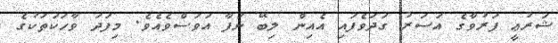
ޝަރުޢީ ފަރުވާގެ އަސަރު ގަދަވެފައި އެއިން ލިބޭ ނަފާ އަވަސްވެއެވެ. މިފަދަ ވާހަކަތަކުގެ